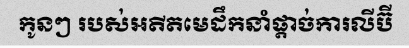
កូនៗ របស់អតីតមេដឹកនាំផ្តាច់ការលីប៊ី